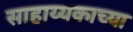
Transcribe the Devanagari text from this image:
साहाय्यकाच्या